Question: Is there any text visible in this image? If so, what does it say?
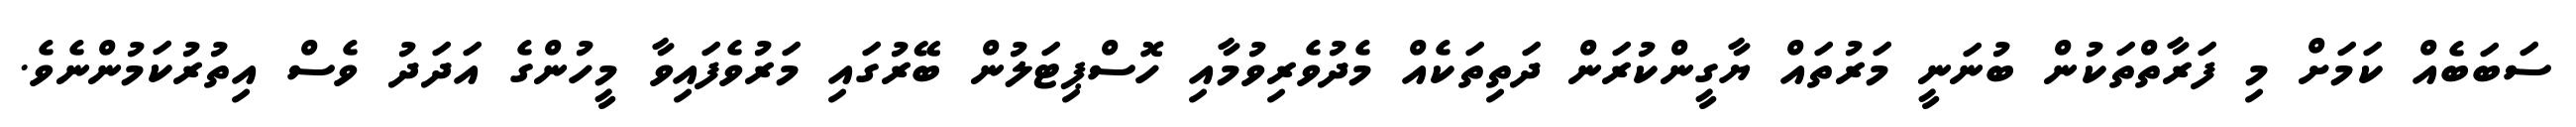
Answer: ސަބަބެއް ކަމަށް މި ފަރާތްތަކުން ބުނަނީ މަރުތައް ޔާގީންކުރަން ދަތިތަކެއް މެދުވެރިވުމާއި ހޮސްޕިޓަލުން ބޭރުގައި މަރުވެފައިވާ މީހުންގެ އަދަދު ވެސް އިތުރުކަމުންނެވެ.